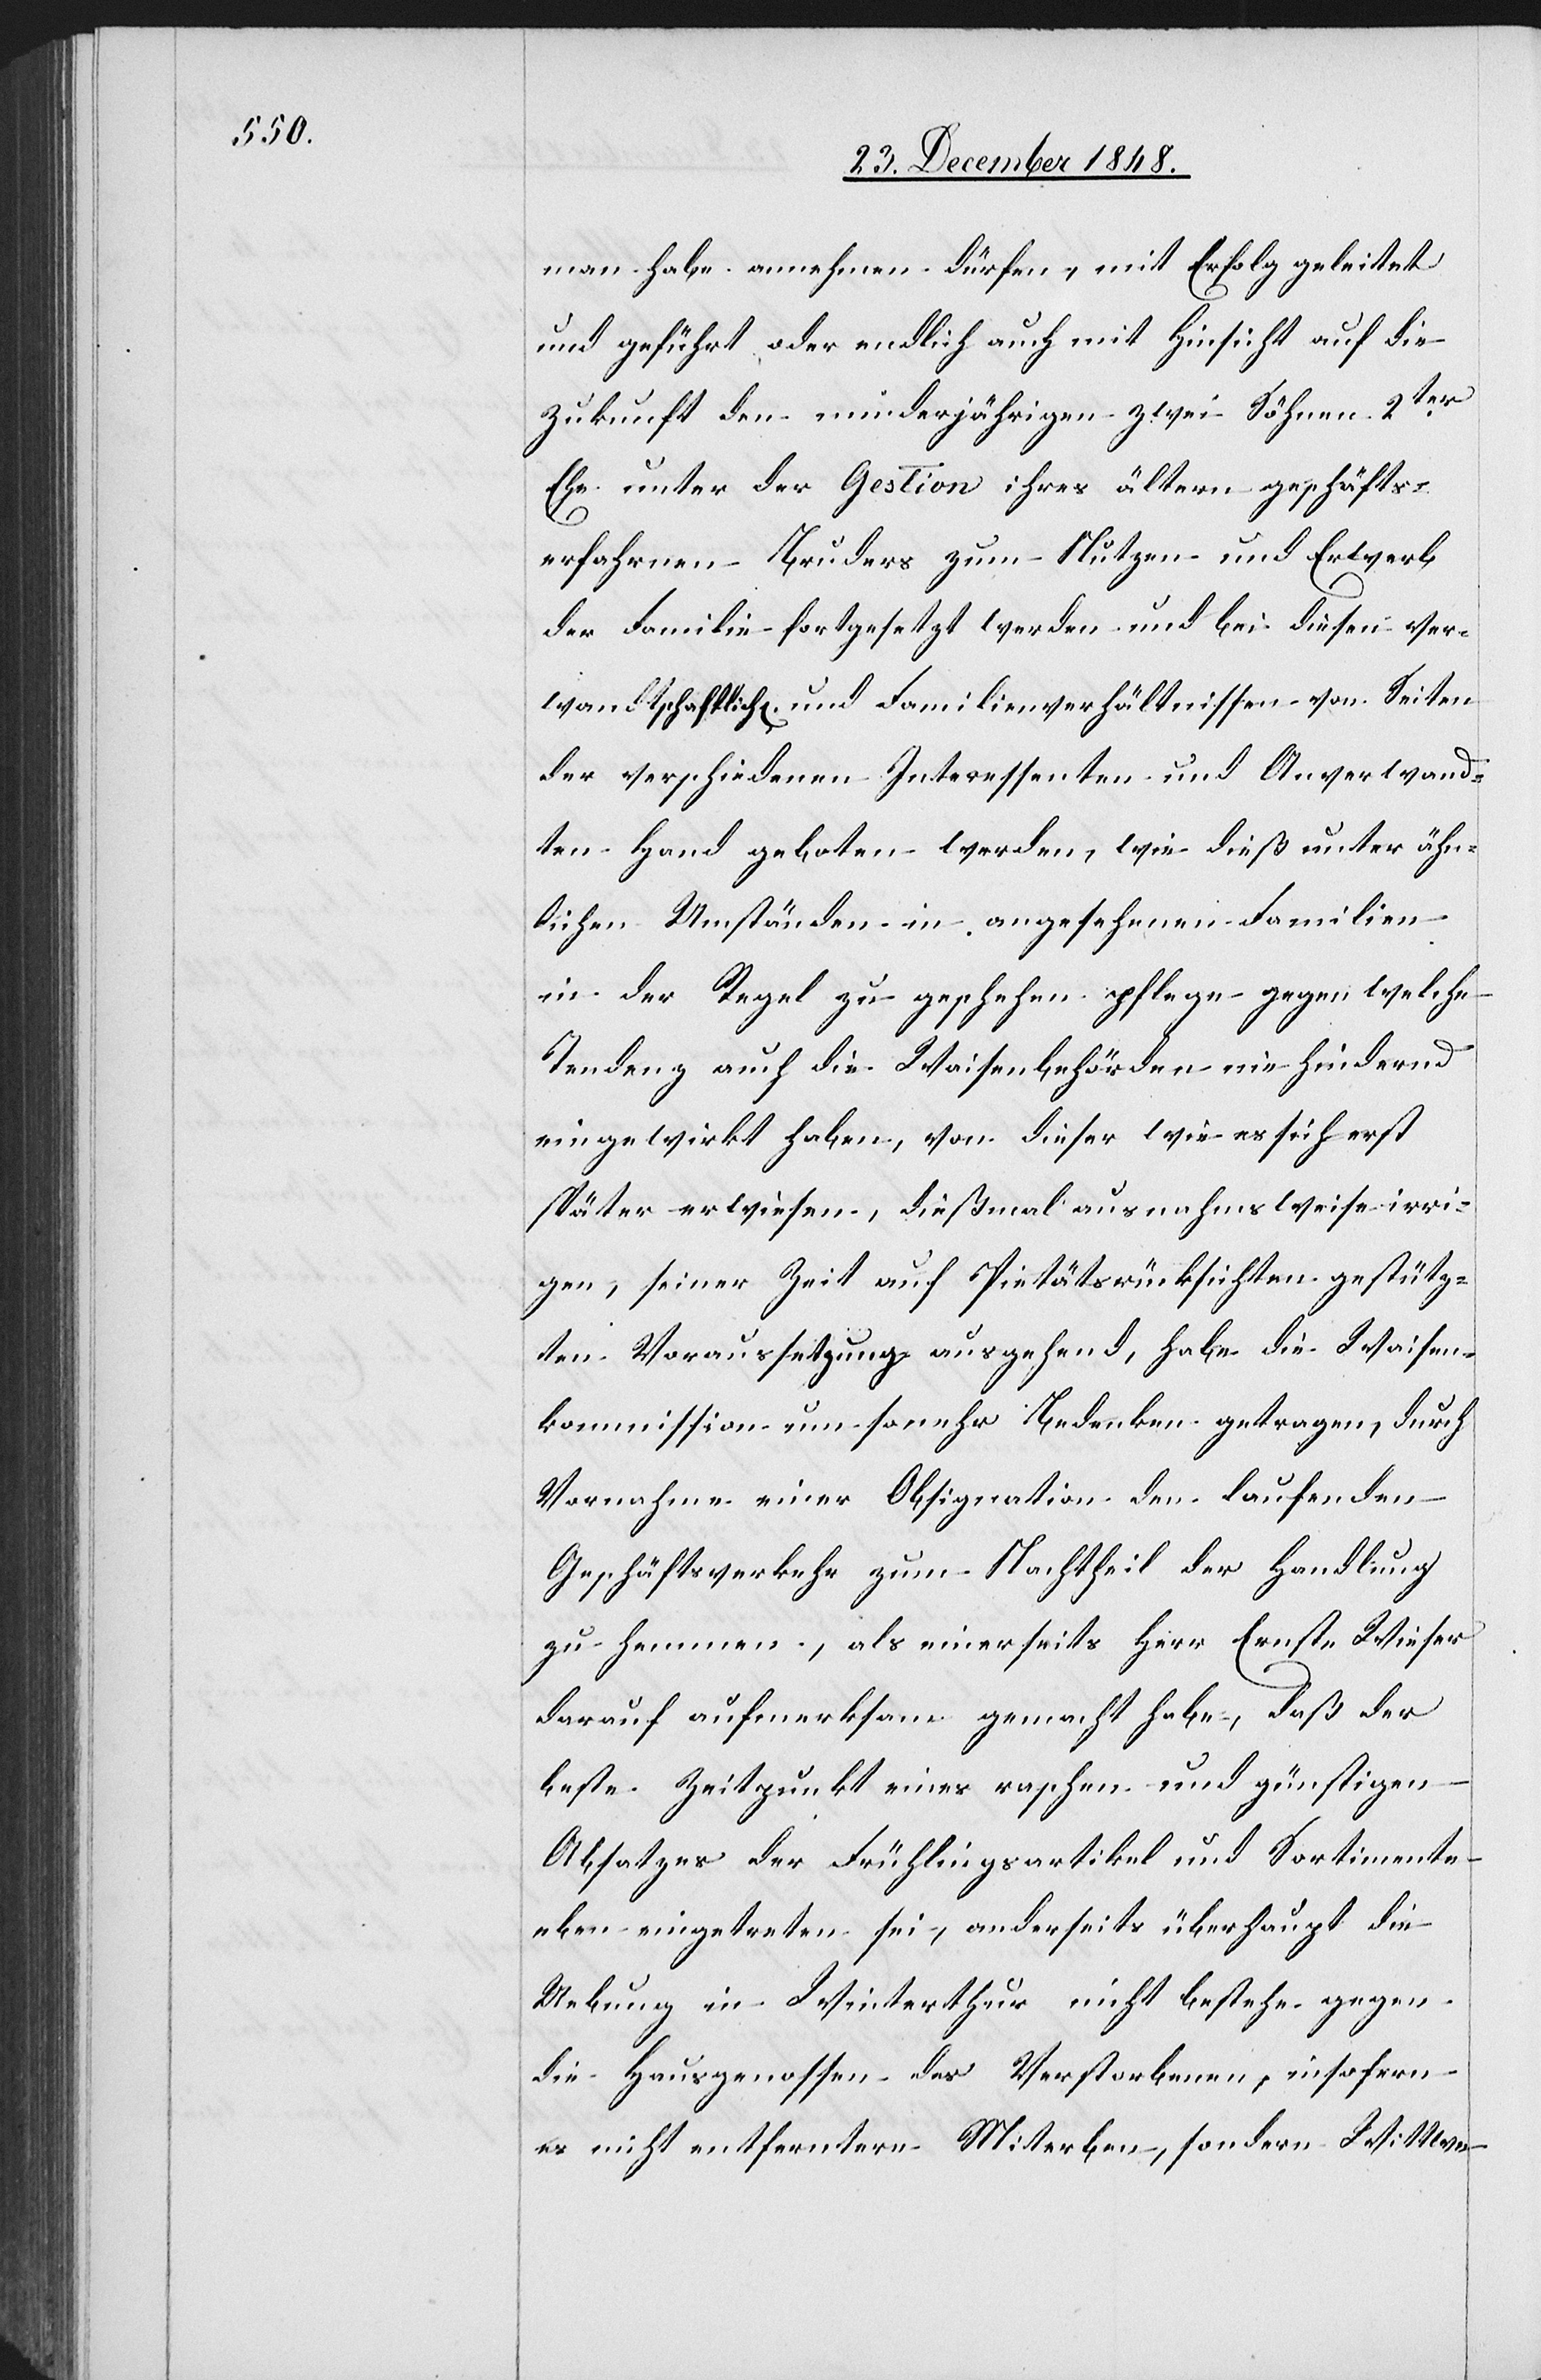
man habe annehmen dürfen, mit Erfolg geleitet
und geführt oder endlich auch mit Hinsicht auf die
Zukunft den minderjährigen zwei Söhnen 2ter
Ehe unter der Gestion ihres ältern geschäfts¬
erfahrnen Bruders zum Nutzen und Erwerb
der Familie fortgesetzt werden und bei diesen ver¬
wandtschaftlich[en] und Familienverhältnissen von Seiten
der verschiedenen Interessenten und Anverwand¬
ten Hand geboten werden, wie dieß unter ähn¬
lichen Umständen in angesehenen Familien
in der Regel zu geschehen pflege gegen welche
Tendenz auch die Waisenbehörden nie hindernd
eingewirkt haben, von dieser wie es sich erst
später erwiesen, dießmal ausnahmsweise irri¬
gen, seiner Zeit auf Pietätsrücksichten gestütz¬
ten Voraussetzung ausgehend, habe die Waisen¬
kommission um so mehr Bedenken getragen, durch
Vornahme einer Obsignation den laufenden
Geschäftsverkehr zum Nachtheil der Handlung
zu hemmen, als einerseits Herr Ernst-Wieser
darauf aufmerksam gemacht habe, daß der
beste Zeitpunkt eines raschen und günstigen
Absatzes der Frühlingsartikel und Sortimente
eben eingetreten sei, anderseits überhaupt die
Uebung in Winterthur nicht bestehe gegen
die Hausgenossen des Verstorbenen, insofern
es nicht entferntere Miterben, sondern Wittwe